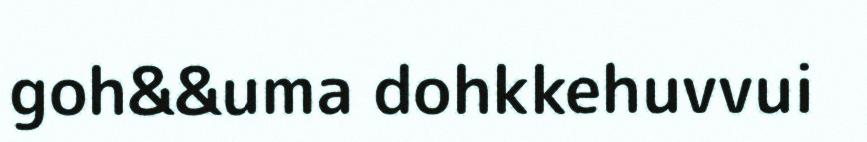
goh&&uma dohkkehuvvui